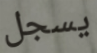
يسجل